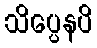
သိပ္ပေနပိ